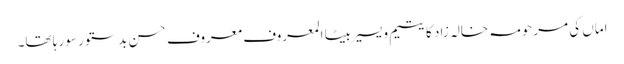
اماں کی مرحومہ خالہ زاد کا یتیم و یسیر بیٹا المعروف معروف حسن بدستور سو رہا تھا۔